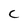
Character: C